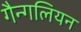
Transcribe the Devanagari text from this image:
गैन्गलियन